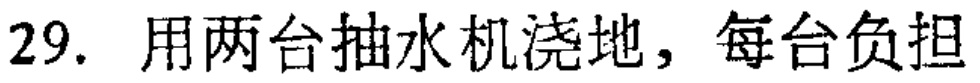
29. 用两台抽水机浇地，每台负担